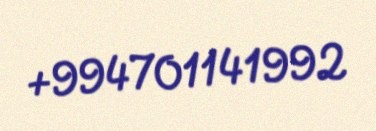
+994701141992